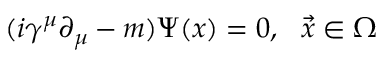
( i \gamma ^ { \mu } \partial _ { \mu } - m ) \Psi ( x ) = 0 , \ \ \vec { x } \in \Omega